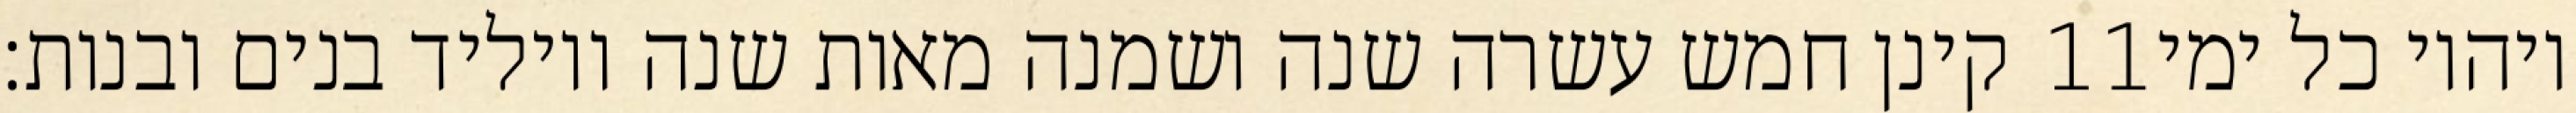
קינן חמש עשרה שנה ושמנה מאות שנה ויוליד בנים ובנות׃ ‎11‏ ויהיו כל ימי